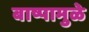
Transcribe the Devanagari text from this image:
बाष्पामुळे